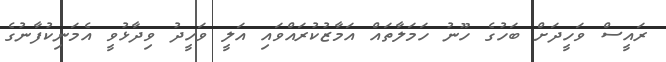
ރައީސް ވަހީދަށް ބަހުގެ ހޫނު ހަމަލާތައް އަމާޒުކުރައްވައި އަލީ ވަހީދު ވިދާޅުވީ އެމަނިކުފާނުގެ